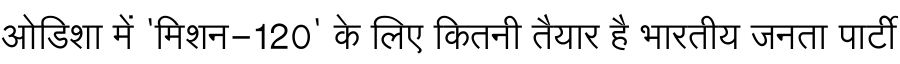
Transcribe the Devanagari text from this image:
ओडिशा में 'मिशन-120' के लिए कितनी तैयार है भारतीय जनता पार्टी